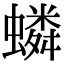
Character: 䗲